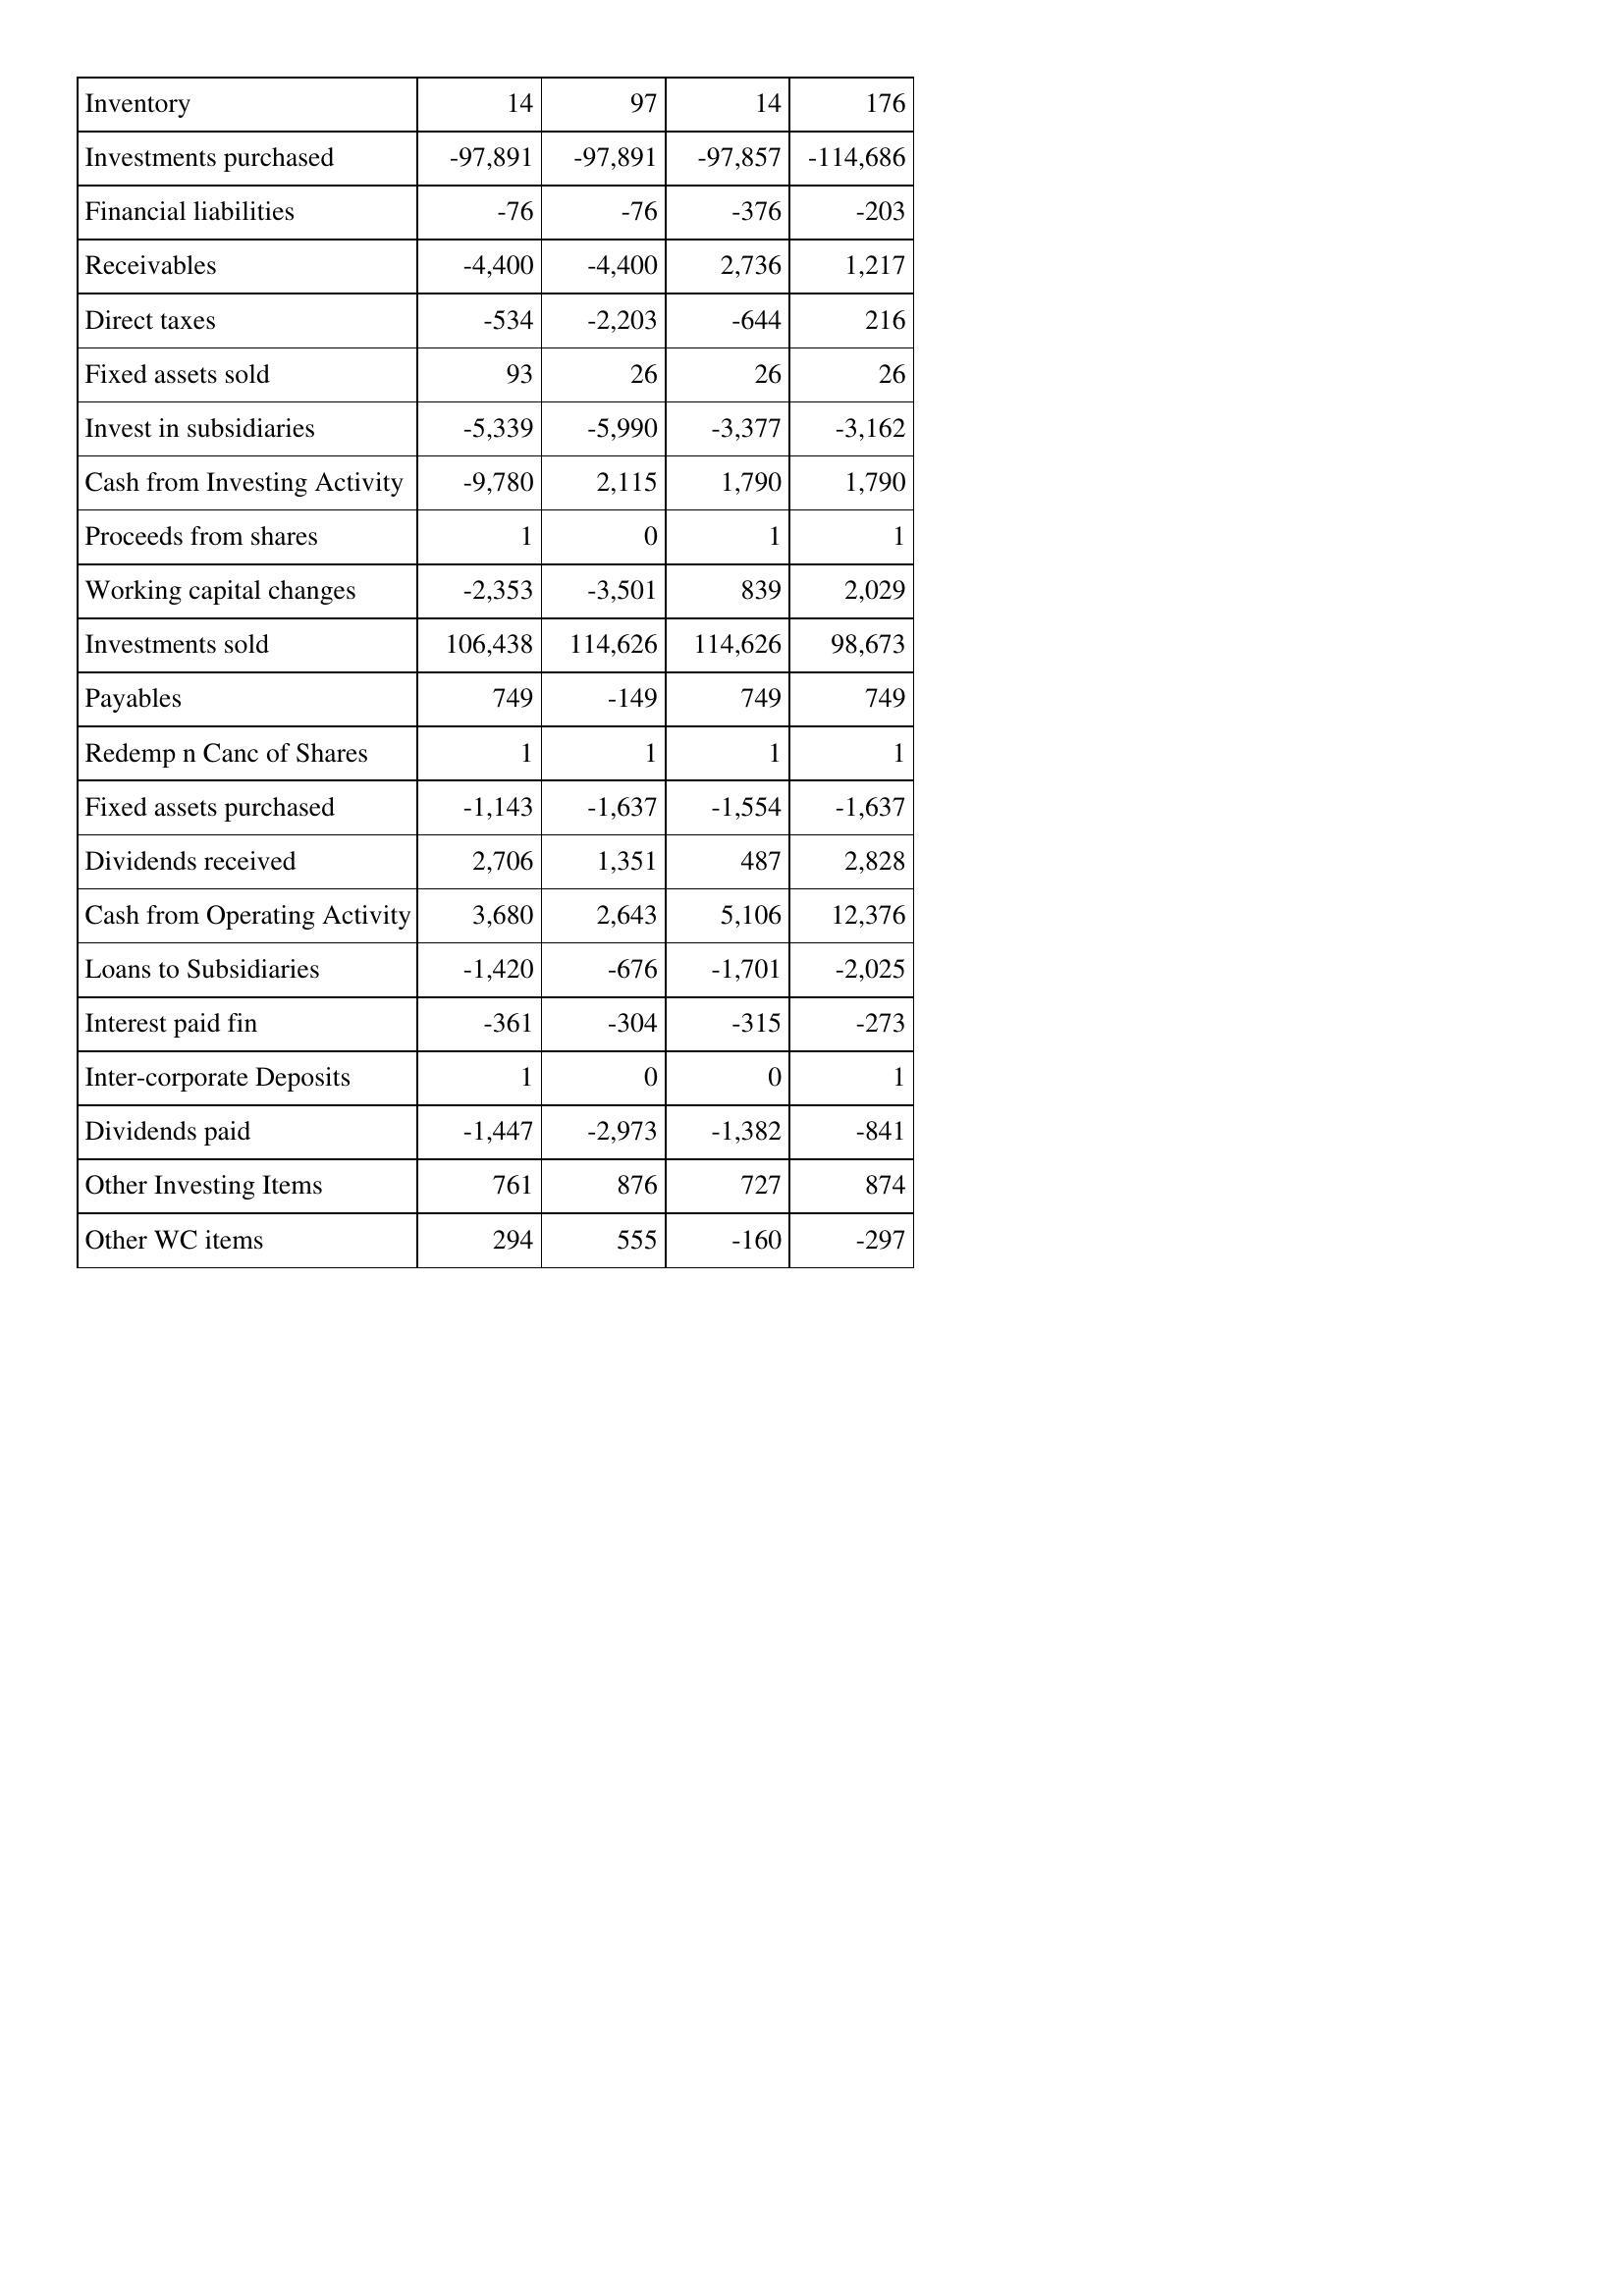
Sep-17: Cash Flows: Inventory: 14
Investments purchased: -97,891
Financial liabilities: -76
Receivables: -4,400
Direct taxes: -534
Fixed assets sold: 93
Invest in subsidiaries: -5,339
Cash from Investing Activity: -9,780
Proceeds from shares: 1
Working capital changes: -2,353
Investments sold: 106,438
Payables: 749
Redemp n Canc of Shares: 1
Fixed assets purchased: -1,143
Dividends received: 2,706
Cash from Operating Activity: 3,680
Loans to Subsidiaries: -1,420
Interest paid fin: -361
Inter-corporate Deposits: 1
Dividends paid: -1,447
Other Investing Items: 761
Other WC items: 294
Sep-16: Cash Flows: Inventory: 97
Investments purchased: -97,891
Financial liabilities: -76
Receivables: -4,400
Direct taxes: -2,203
Fixed assets sold: 26
Invest in subsidiaries: -5,990
Cash from Investing Activity: 2,115
Proceeds from shares: 0
Working capital changes: -3,501
Investments sold: 114,626
Payables: -149
Redemp n Canc of Shares: 1
Fixed assets purchased: -1,637
Dividends received: 1,351
Cash from Operating Activity: 2,643
Loans to Subsidiaries: -676
Interest paid fin: -304
Inter-corporate Deposits: 0
Dividends paid: -2,973
Other Investing Items: 876
Other WC items: 555
Sep-15: Cash Flows: Inventory: 14
Investments purchased: -97,857
Financial liabilities: -376
Receivables: 2,736
Direct taxes: -644
Fixed assets sold: 26
Invest in subsidiaries: -3,377
Cash from Investing Activity: 1,790
Proceeds from shares: 1
Working capital changes: 839
Investments sold: 114,626
Payables: 749
Redemp n Canc of Shares: 1
Fixed assets purchased: -1,554
Dividends received: 487
Cash from Operating Activity: 5,106
Loans to Subsidiaries: -1,701
Interest paid fin: -315
Inter-corporate Deposits: 0
Dividends paid: -1,382
Other Investing Items: 727
Other WC items: -160
Sep-14: Cash Flows: Inventory: 176
Investments purchased: -114,686
Financial liabilities: -203
Receivables: 1,217
Direct taxes: 216
Fixed assets sold: 26
Invest in subsidiaries: -3,162
Cash from Investing Activity: 1,790
Proceeds from shares: 1
Working capital changes: 2,029
Investments sold: 98,673
Payables: 749
Redemp n Canc of Shares: 1
Fixed assets purchased: -1,637
Dividends received: 2,828
Cash from Operating Activity: 12,376
Loans to Subsidiaries: -2,025
Interest paid fin: -273
Inter-corporate Deposits: 1
Dividends paid: -841
Other Investing Items: 874
Other WC items: -297